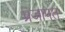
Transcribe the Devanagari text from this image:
प्रजापत